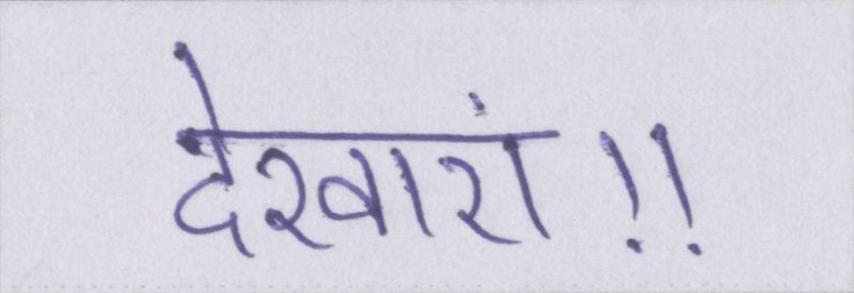
देखाएं॥